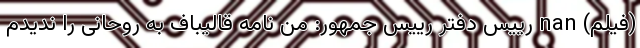
(فیلم) nan رییس دفتر رییس جمهور: من نامه قالیباف به روحانی را ندیدم